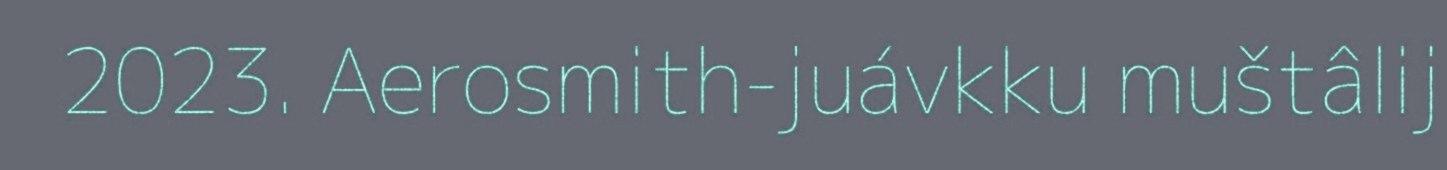
2023. Aerosmith-juávkku muštâlij